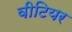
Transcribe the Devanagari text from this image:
वीटियर